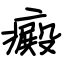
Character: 癜